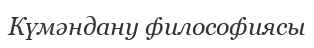
Күмәндану философиясы